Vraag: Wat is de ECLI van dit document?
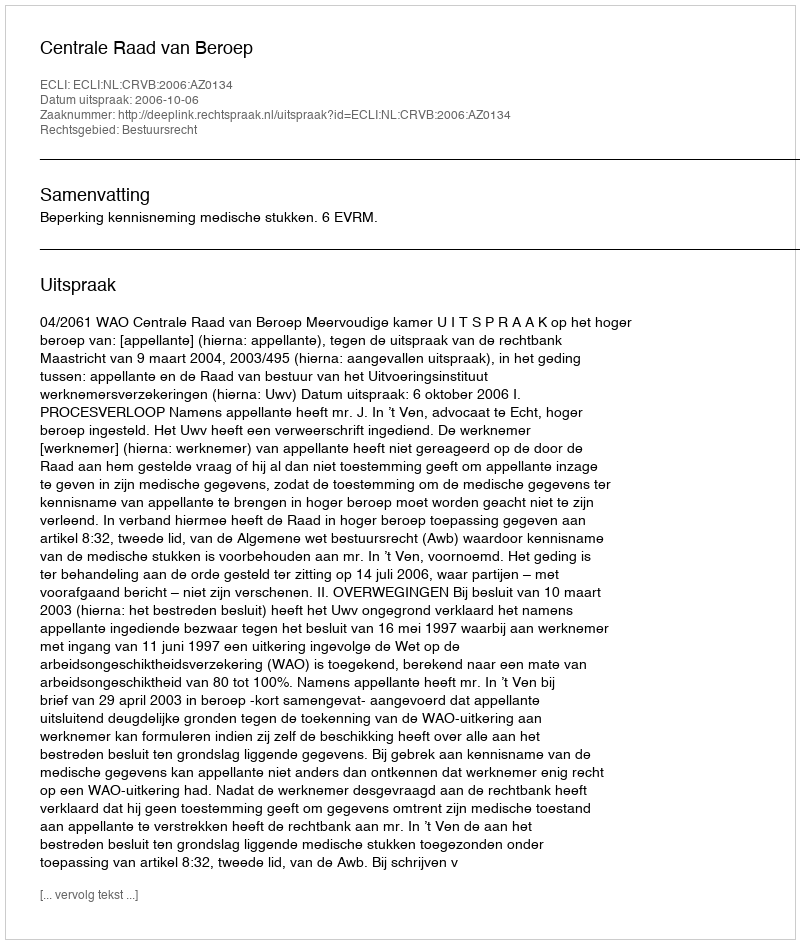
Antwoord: ECLI:NL:CRVB:2006:AZ0134